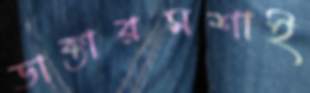
ডাক্তারমশাই